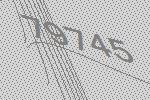
79745